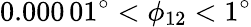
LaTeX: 0.000\, 01^{\circ}<\phi_{12}<1^{\circ}